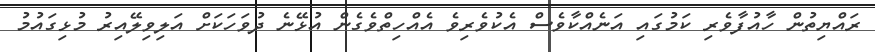
ރައްޔިތުން ހާއުފާވެރި ކަމުގައި އަނެއްކާވެސް އެކުވެރިވެ އެއްހިތްވެގެން އުޅޭނެ ދުވަހަކަށް އަލިވިލޭއިރު މުޅިގައުމު